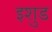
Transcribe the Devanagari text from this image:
इशुड